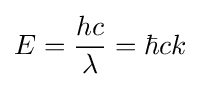
E={\frac {hc}{\lambda }}=\hbar ck